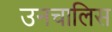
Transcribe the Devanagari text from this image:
उनचालिस